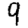
Digit: 9